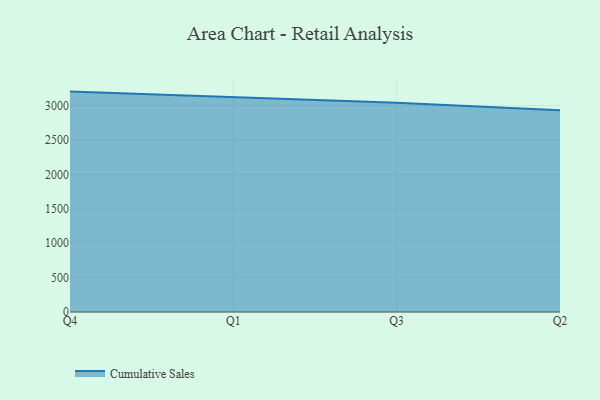
{"axis": {"x": "Quarter", "y": "Inventory Turnover"}, "legend": ["Cumulative Sales"], "data": [{"x": "Q4", "y": 3204.3, "type": "Cumulative Sales"}, {"x": "Q1", "y": 3122.4, "type": "Cumulative Sales"}, {"x": "Q3", "y": 3041.7, "type": "Cumulative Sales"}, {"x": "Q2", "y": 2933.1, "type": "Cumulative Sales"}]}